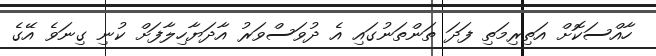
ހާއްްސަކޮށް އަތިރިމަތި ފަދަ ތަންތަނުގައި އެ ދުވަސްވަރު އާދަޔާހިލާފަށް ކުނި ގިނަވެ އޭގެ